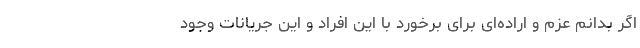
اگر بدانم عزم و اراده‌ای برای برخورد با این افراد و این جریانات وجود